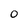
Character: o